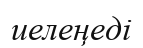
иелеңеді